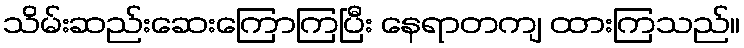
သိမ်းဆည်းဆေးကြောကြပြီး နေရာတကျ ထားကြသည်။